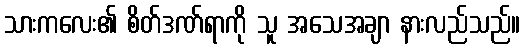
သားကလေး၏ စိတ်ဒဏ်ရာကို သူ အသေအချာ နားလည်သည်။